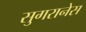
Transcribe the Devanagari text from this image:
सुगरानेस